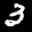
Label: 3